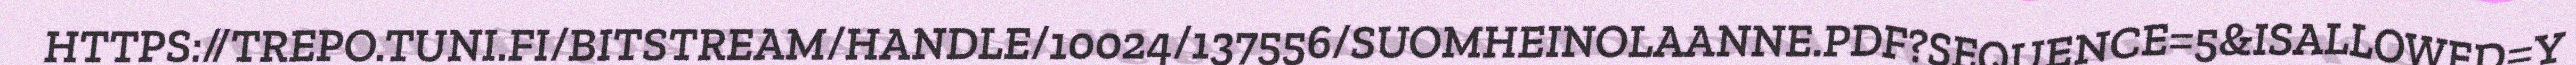
HTTPS://TREPO.TUNI.FI/BITSTREAM/HANDLE/10024/137556/SUOMHEINOLAANNE.PDF?SEQUENCE=5&ISALLOWED=Y